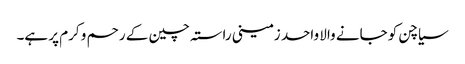
سیاچن کو جانے والا واحد زمینی راستہ چین کے رحم و کرم پر ہے۔